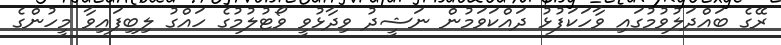
ރޭގެ ބައްދަލުވުމުގައި ވާހަކަފުޅު ދައްކަވަމުން ނަޝީދު ވިދާޅުވީ ވޯޓުލުމުގެ ހައްގު ލިބިފައިވާ މީހުންގެ